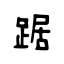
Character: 踞